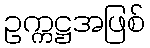
ဥက္ကဋ္ဌအဖြစ်